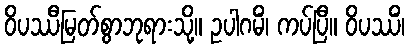
ဝိပဿီမြတ်စွာဘုရားသို့။ ဥပါဂမိံ၊ ကပ်ပြီ။ ဝိပဿိံ၊